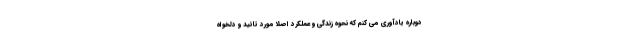
دوباره یادآوری می کنم که نحوه زندگی و عملکرد اصلا مورد تائید و دلخواه